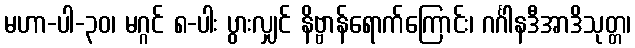
မဟာ-ပါ-၃၀၊ မဂ္ဂင် ၈-ပါး ပွားလျှင် နိဗ္ဗာန်ရောက်ကြောင်း၊ ဂင်္ဂါနဒီအာဒိသုတ္တ၊